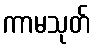
ကာမသုတ်